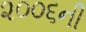
૨૦૦૬ની